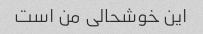
این خوشحالی من است